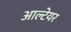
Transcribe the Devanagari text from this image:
आल्टेयर